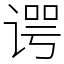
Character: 谔